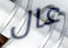
عال